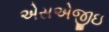
એસએજીઇ